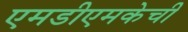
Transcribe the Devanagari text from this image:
एमडीएमकेची